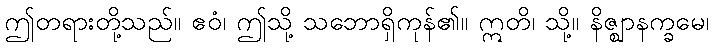
ဤတရားတို့သည်။ ဧဝံ၊ ဤသို့ သဘောရှိကုန်၏။ ဣတိ၊ သို့။ နိဇ္ဈာနက္ခမေ၊